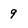
Character: 9